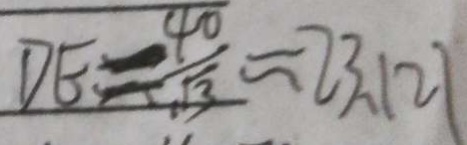
D E = \frac { 4 0 } { \sqrt { 3 } } \approx 2 3 . 1 2 1